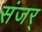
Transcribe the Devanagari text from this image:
संजर्